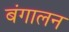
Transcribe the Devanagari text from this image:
बंगालन